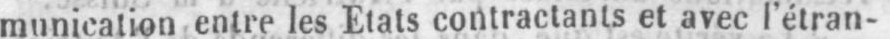
munication entre les Etats contractants et avec l’étran-